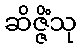
ဆိဇ္ဇိံသု